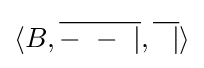
\langle B,{\overline {-\ -\ |}},{\overline {\ \ |}}\rangle